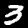
Digit: 3